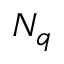
N _ { q }